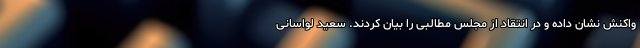
واکنش نشان داده و در انتقاد از مجلس مطالبی را بیان کردند. سعید لواسانی